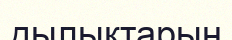
дылықтарын